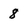
Character: 8